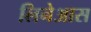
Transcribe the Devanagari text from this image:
लिनेआस